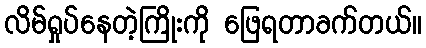
လိမ်ရှုပ်နေတဲ့ကြိုးကို ဖြေရတာခက်တယ်။